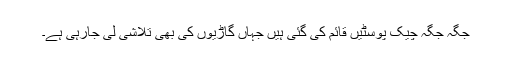
جگہ جگہ چیک پوسٹیں قائم کی گئی ہیں جہاں گاڑیوں کی بھی تلاشی لی جارہی ہے۔